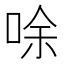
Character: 唋